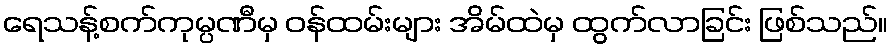
ရေသန့်စက်ကုမ္ပဏီမှ ဝန်ထမ်းများ အိမ်ထဲမှ ထွက်လာခြင်း ဖြစ်သည်။